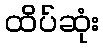
ထိပ်ဆုံး